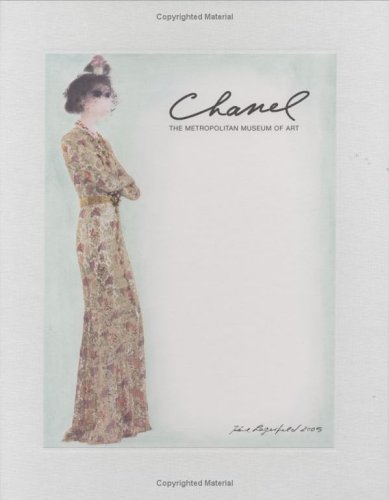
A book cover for Chanel (Metropolitan Museum of Art Publications); Harold Koda; Arts & Photography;